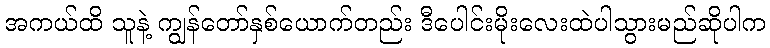
အကယ်ထိ သူနဲ့ ကျွန်တော်နှစ်ယောက်တည်း ဒီပေါင်းမိုးလေးထဲပါသွားမည်ဆိုပါက